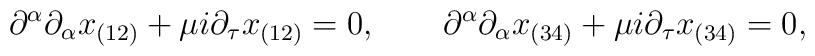
\partial^\alpha \partial_\alpha x_{(12)} +  \mu i \partial_\tau x_{(12)} = 0, \qquad\partial^\alpha \partial_\alpha x_{(34)} +  \mu i \partial_\tau x_{(34)} = 0,